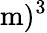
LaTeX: \mathrm{m})^{3}